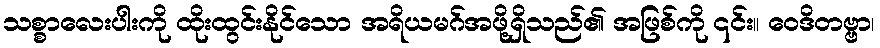
သစ္စာလေးပါးကို ထိုးထွင်းနိုင်သော အရိယမဂ်အဖို့ရှိသည်၏ အဖြစ်ကို ၎င်း။ ဝေဒိတဗ္ဗာ၊